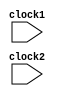
module pipe_MIPS32(clock1 , clock2);
    input clock1 , clock2;              // two phase clock
    /* a subset of pipeline RSIC processor(MIPS32) which have five stages
    1. IF stage(instruction fetch stage)
    2. ID stage (instruction decode stage)
    3. EX stage (execution stage)
    4. MEM stage (memory stage)
    5. WB stage (Write back stage)
    There are 4 latches in between stages and registers created 
    will be created in this latches
    a) latch between IF stage and ID stage : IF_ID
    b) latch between ID stage and EX stage : ID_EX
    c) latch between EX stage and MEM stage : EX_MEM
    d) latch between MEM stage and WB stage : MEM_WB 
    register created are 
    >> PC(program counter) -- point to current instruction
    >> NPC(Next program counter) -- point to next instruction
    >> IR(Instruction register ) -- contains the instruction which is to be executed
    >> A and B register contains the data read from register bank(register bank has  two read ports and one write port)
    >> Imm(immediate value ) -- contains direct value rather than register in register bank
    >> type(type of instruction) -- (register - register type) or (register - memory type) or (load or store type instruction)
    >> cond(condition)-- check if there is branch or jump instruction so that if there is branch the loaded instruction in pipe should be discarded
    >> ALUout(Arithmetic logic unit out) -- output of any arithmetic operation stored in this register
    >> LMD -(load memory data) -- write data to memory
    IF_ID_IR means in latch between IF and ID stage the latch IF_ID contains register IR and ID_EX also have IR register
    because to pass the IR value of current instruction is to be passed to IF to ID to EX stage because in pipeline there are also
    other instruction which also have different value for same register for next instruction . So to prevent of data lost or overwritten
    we took latch and have same register  in different stages.
    */

    reg [31:0] PC , IF_ID_IR , IF_ID_NPC ;
    reg [31:0] ID_EX_IR , ID_EX_NPC , ID_EX_A , ID_EX_B , ID_EX_Imm;
    reg [2:0] ID_EX_type , EX_MEM_type , MEM_WB_type;
    reg [31:0] EX_MEM_IR , EX_MEM_ALUout , EX_MEM_B;
    reg        EX_MEM_cond;
    reg [31:0] MEM_WB_IR , MEM_WB_ALUout , MEM_WB_LMD;


    /*A register bank created which contains 32 registers (each of 32 bits in size)
    A memory created having 1024 memory locations (each memory location of 32 bits size) 
    */
    reg [31:0] Reg [0:31];        // Register bank (32 X 32)
    reg [31:0] Mem [0:1023] ;      // Memory (1024 X32)

    parameter ADD = 6'b000000 , SUB = 6'b000001 , AND = 6'b000010 , OR = 6'b000011 , SLT = 6'b000100 , MUL = 6'b000101 , HLT = 6'b111111 , LW = 6'b001000 ;
    parameter SW = 6'b001001 , ADDI = 6'b001010 , SUBI = 6'b001011 , SLTI = 6'b001100 , BNEQZ = 6'b001101 , BEQZ = 6'b001110;
    parameter RR_ALU = 3'b000 , RM_ALU = 3'b001 , LOAD = 3'b010 , STORE = 3'b011 , BRANCH = 3'b100 , HALT = 3'b101;
    
    reg HALTED;               // Set after HLT instruction is completed (in WB stage)

    reg TAKEN_BRANCH ;             // required to disable instruction after branch


    // Instruction Fetch stage(IF stage)

    always@(posedge clock1)
    begin
        if(HALTED == 0)
        begin
            if(((EX_MEM_IR[31:26] == BEQZ) && (EX_MEM_cond == 1)) || ((EX_MEM_IR[31:26] == BNEQZ) && (EX_MEM_cond == 0)))
            begin
                IF_ID_IR <= #2 Mem[EX_MEM_ALUout];
                TAKEN_BRANCH <= #2 1'b1;
                IF_ID_NPC <= #2 EX_MEM_ALUout + 1;
                PC <= #2 EX_MEM_ALUout + 1;
            end

            else
            begin
                IF_ID_IR <= #2 Mem[PC];
                IF_ID_NPC <= #2 PC + 1;
                PC <= #2 PC + 1;
            end
        end
    end


    // ID stage (Intsruction decode stage)

    always @(posedge clock2)
    begin
        if(HALTED == 0)
        begin
            if (IF_ID_IR[25:21] == 5'b00000) ID_EX_A <= 0;
            else ID_EX_A <= #2 Reg[IF_ID_IR[25:21]];               // source register rs

            if (IF_ID_IR[20:16] == 5'b00000) ID_EX_B <= 0;
            else ID_EX_B <= #2 Reg[IF_ID_IR[20:16]];               // source register rt      


            ID_EX_NPC <= #2 IF_ID_NPC;
            ID_EX_IR <= #2 IF_ID_IR;
            ID_EX_Imm <= #2 {{16{IF_ID_IR[15]}} , {IF_ID_IR[15:0]}};             // to extend 16 bit data to 32 bit(signed extension)


            case (IF_ID_IR[31:26])
                ADD , SUB , MUL , AND ,OR , SLT :    ID_EX_type <= #2 RR_ALU;
                ADDI ,SUBI ,SLTI:                    ID_EX_type <= #2 RM_ALU;
                LW :                                 ID_EX_type <= #2 LOAD;
                SW:                                  ID_EX_type <= #2 STORE;
                BNEQZ , BEQZ:                        ID_EX_type <= #2 BRANCH;
                HLT:                                 ID_EX_type <= #2 HALT;
                default:                             ID_EX_type <= #2 HALT;

            endcase
        end

        
    end



    // EX stage (Execution stage)
    always @(posedge clock1)
    begin
        if(HALTED == 0)
        begin
            EX_MEM_type <= #2 ID_EX_type ;
            EX_MEM_IR <= #2 ID_EX_IR;
            TAKEN_BRANCH <= #2 1'b0;

            case(ID_EX_type)
                RR_ALU : begin
                            case(ID_EX_IR[31:26])         //opcode
                                ADD : EX_MEM_ALUout <= #2 ID_EX_A + ID_EX_B;
                                SUB : EX_MEM_ALUout <= #2 ID_EX_A - ID_EX_B;
                                AND : EX_MEM_ALUout <= #2 ID_EX_A & ID_EX_B;
                                OR  : EX_MEM_ALUout <= #2 ID_EX_A | ID_EX_B;
                                SLT : EX_MEM_ALUout <= #2 ID_EX_A < ID_EX_B;
                                MUL : EX_MEM_ALUout <= #2 ID_EX_A * ID_EX_B;
                                default : EX_MEM_ALUout <= #2 32'hxxxxx;

                            endcase
                         end
                
                RM_ALU : begin
                            case(ID_EX_IR[31:26])    //opcode
                                ADDI : EX_MEM_ALUout <= #2 ID_EX_A + ID_EX_Imm;
                                SUBI : EX_MEM_ALUout <= #2 ID_EX_A - ID_EX_Imm;
                                SLTI : EX_MEM_ALUout <= #2 ID_EX_A < ID_EX_Imm;
                                default : EX_MEM_ALUout <= #2 32'hxxxxx;

                            endcase
                         end
                

                LOAD , STORE : begin
                                    EX_MEM_ALUout <= #2 ID_EX_A + ID_EX_Imm;
                                    EX_MEM_B <= #2 ID_EX_B; 

                               end

                BRANCH : begin
                            EX_MEM_ALUout <= #2 ID_EX_NPC + ID_EX_Imm;
                            EX_MEM_cond <= #2 (ID_EX_A == 0);
                         end
            endcase

        end
    end


    // MEM(memory stage)

    always @(posedge clock2)
    begin
        if(HALTED == 0)
        begin
           MEM_WB_type <= #2 EX_MEM_type; 
           MEM_WB_IR <=  #2 EX_MEM_IR;

           case(EX_MEM_type)
                RR_ALU , RM_ALU : MEM_WB_ALUout <= #2 EX_MEM_ALUout;

                LOAD : MEM_WB_LMD <= #2 Mem[EX_MEM_ALUout];

                STORE : begin
                            if(TAKEN_BRANCH == 0)              //disbale write
                                Mem[EX_MEM_ALUout] <= #2 EX_MEM_B;
                        end

           endcase
        end
    end


    // WB stage (Write stage)

    always @(posedge clock1)
    begin
       if(TAKEN_BRANCH == 0)     // disable write if branch taken
       begin
           case(MEM_WB_type)
                RR_ALU :   Reg[MEM_WB_IR[15:11]]  <=  #2 MEM_WB_ALUout;   // rd

                RM_ALU :   Reg[MEM_WB_IR[20:16]]  <=  #2 MEM_WB_ALUout;   // rt;

                LOAD :     Reg[MEM_WB_IR[20:16]]  <=  #2 MEM_WB_LMD;    //rt

                HALT :     HALTED <= #2 1'b1;

           endcase
       end
    end
    
    

endmodule